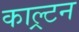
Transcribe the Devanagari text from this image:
काल्र्टन